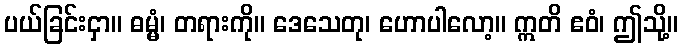
ပယ်ခြင်းငှာ။ ဓမ္မံ၊ တရားကို။ ဒေသေတု၊ ဟောပါလော့။ ဣတိ ဧဝံ၊ ဤသို့။